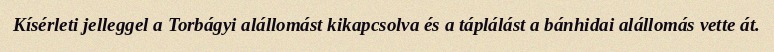
Kísérleti jelleggel a Torbágyi alállomást kikapcsolva és a táplálást a bánhidai alállomás vette át.